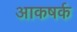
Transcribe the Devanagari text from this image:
आकषर्क